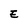
Character: E